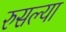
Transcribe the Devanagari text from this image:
रुसल्या